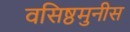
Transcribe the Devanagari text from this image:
वसिष्ठमुनीस